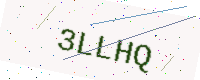
Text: 3LLHQ